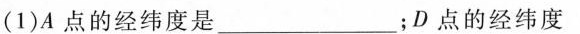
(1)A点的经纬度是___；D点的经纬度